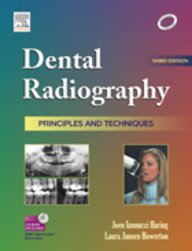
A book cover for Dental Radiography: Principles and Techniques Third Edition. No CD Included.; Joen M. Iannucci; Medical Books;